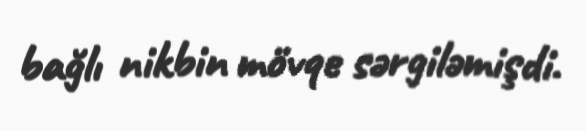
bağlı nikbin mövqe sərgiləmişdi.